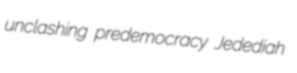
unclashing predemocracy Jedediah